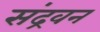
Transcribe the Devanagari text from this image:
संद्रवन